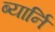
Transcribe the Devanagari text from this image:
ब्यार्नि